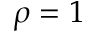
\rho = 1